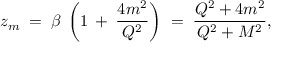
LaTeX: z _ { m } \; = \; \beta \: \left( 1 \: + \: \frac { 4 m ^ { 2 } } { Q ^ { 2 } } \right) \; = \; \frac { Q ^ { 2 } + 4 m ^ { 2 } } { Q ^ { 2 } + M ^ { 2 } } ,